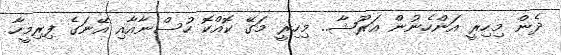
ދެން މިހިރީ އަންހެނުން އަރޫޝާ.. މިހިރީ މަގޭ ކޮއްކޮ ހުސްނާއާއި އޭނަގެ ފިރިމީހާ